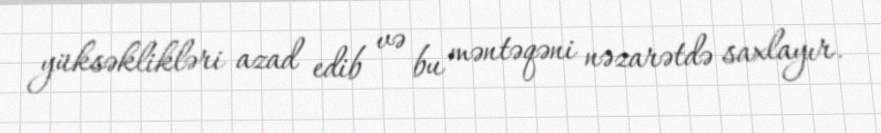
yüksəklikləri azad edib və bu məntəqəni nəzarətdə saxlayır.